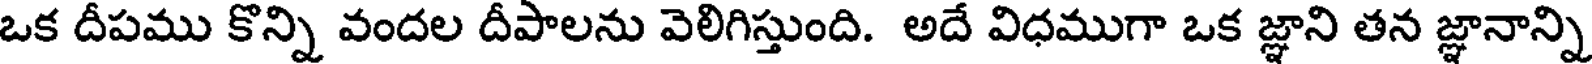
ఒక దీపము కొన్ని వందల దీపాలను వెలిగిస్తుంది. అదే విధముగా ఒక జ్ఞాని తన జ్ఞానాన్ని